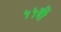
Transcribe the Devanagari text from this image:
५५वीं